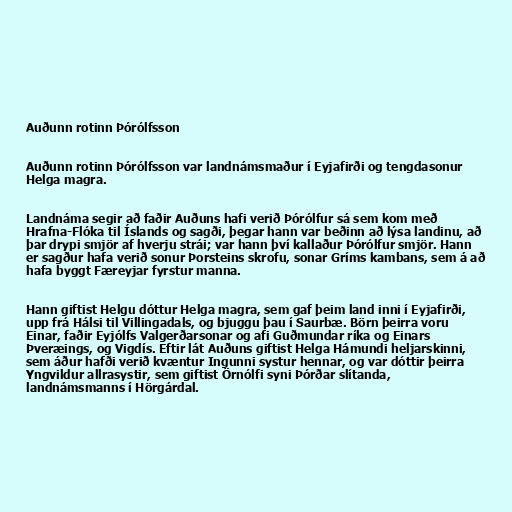
Auðunn rotinn Þórólfsson

Auðunn rotinn Þórólfsson var landnámsmaður í Eyjafirði og tengdasonur
Helga magra.

Landnáma segir að faðir Auðuns hafi verið Þórólfur sá sem kom með
Hrafna-Flóka til Íslands og sagði, þegar hann var beðinn að lýsa landinu, að
þar drypi smjör af hverju strái; var hann því kallaður Þórólfur smjör. Hann
er sagður hafa verið sonur Þorsteins skrofu, sonar Gríms kambans, sem á að
hafa byggt Færeyjar fyrstur manna.

Hann giftist Helgu dóttur Helga magra, sem gaf þeim land inni í Eyjafirði,
upp frá Hálsi til Villingadals, og bjuggu þau í Saurbæ. Börn þeirra voru
Einar, faðir Eyjólfs Valgerðarsonar og afi Guðmundar ríka og Einars
Þveræings, og Vigdís. Eftir lát Auðuns giftist Helga Hámundi heljarskinni,
sem áður hafði verið kvæntur Ingunni systur hennar, og var dóttir þeirra
Yngvildur allrasystir, sem giftist Örnólfi syni Þórðar slítanda,
landnámsmanns í Hörgárdal.